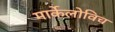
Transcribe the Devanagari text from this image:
मार्केलोविच